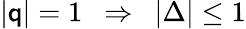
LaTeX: |\mathsf{q}|=1\ \ \Rightarrow\ \ |\Delta|\leq1